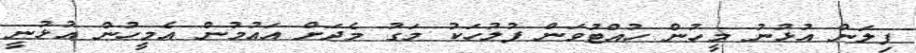
ފިލަން އުޅުނު މީހުން ހުއްޓުވަން ފުލުހަކު މަގު މެދަށް އައުމުން އެމީހުން އުޅުނީ